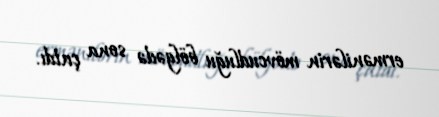
ermənilərin mövcudluğu bölgədə sona çatdı.